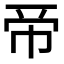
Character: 𢂇